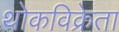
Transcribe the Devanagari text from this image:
थोकविक्रेता